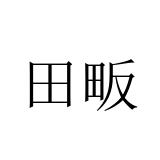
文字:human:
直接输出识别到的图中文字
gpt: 田畈